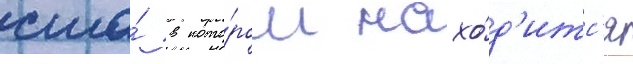
сша́ в кото́ром нахо́д'итс'я